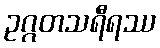
ဥဂ္ဂတသရီရဿ